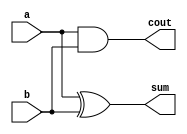
module halfadder(sum, cout, a, b);
  output cout, sum;
  input a, b;
  xor #3 (sum,a,b);
  and #2 (cout,a,b);
endmodule